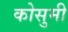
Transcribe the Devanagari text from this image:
कोसुमी